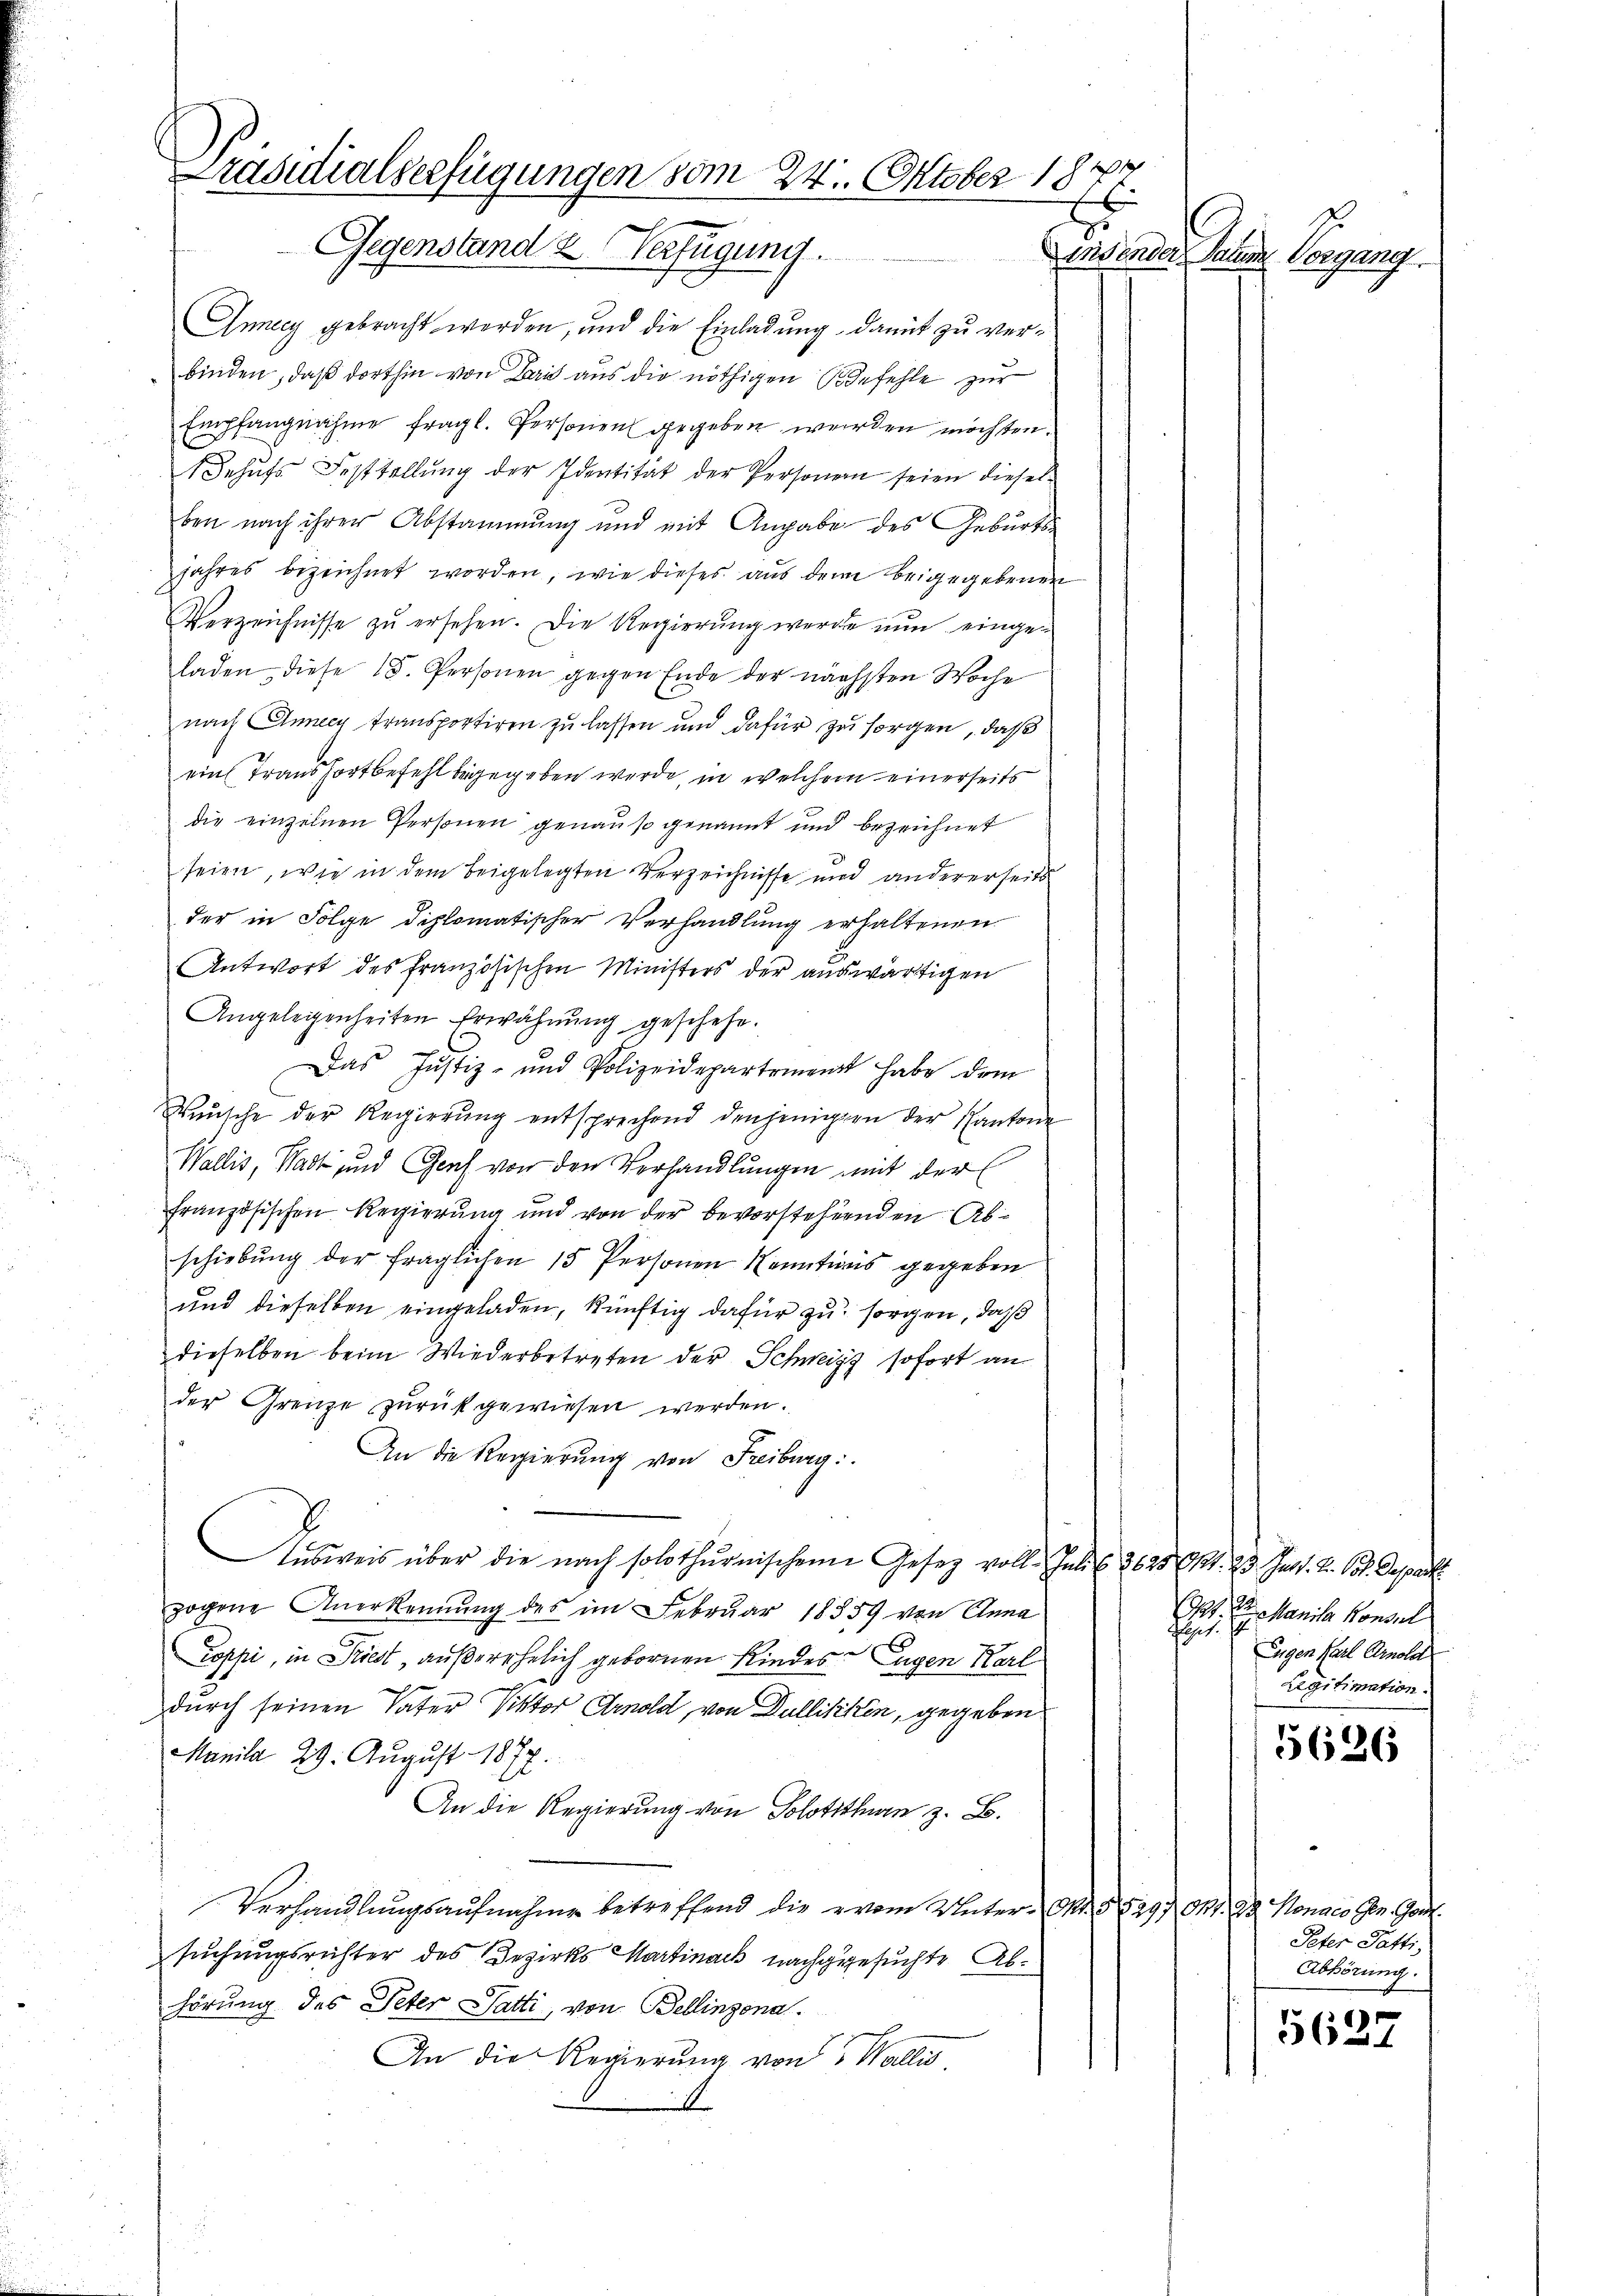
A
Präsidialserfügungen vom 24. Oktober 1871.
Gegenstand & Verfügung.

Anneey gebracht werden, und die Einladung damit zu verbinden, daß dorthin von Bis aus die nöthigen Befehle zur
Empfangnahme fragl. Personen gegeben werden möchten.
Behufs Feststellung der Identität der Personen seien dieselben nach ihrer Abstammung und mit Angabe des Geburts-
jahres bezeichnet worden, wie dieses aus dem beigegebenen
Verzeichnisse zŭ ersehen. Die Regierung werde nun eingeladen, diese 15. Personen gegen Ende der nächsten Woche
nach Annecy transportiren zu lassen und dafür zu sorgen, daß
ein Transfortbefehl begegeben werde, in welchem einerseits
die einzelnen Personen genauso genannt und bezeichnet
seien, wie in dem beigelegten Verzeichnisse und andererseits
der in Folge diplomatischer Verhandlung erhaltenen
Antwort des französischen Ministers der auswärtigen
Angelegenheiten Erwähnŭng geschehe.
g
Das Justiz- und Polizeidepartement habe dem
Wünsche der Regierŭng entsprechend denjenigen der Kantone
Wallis, Stadt und Genf von den Verhandlungen mit der
französischen Regierung und von der bevorstehenden Abschiebung der fraglichen 15 Personen Kenntnis gegeben
und dieselben eingeladen, künftig dafür zu sorgen, daß
dieselben beim Wiederbetreten der Schweiz sofort an
der Grenze zurückgewiesen werden.
An die Regierŭng von Freiburg:
Aŭsweis über die nach solothurnischen Gesetz voll. Juli l. 2625 (11. 23. Jass. Z. 63. Depart
zogene Anerkennung des im Februar 18859 von Anna
Toppi, in Priest, außerehelich gebornen Kindes Eugen Karl
durch seinen Vater Viktor Arnold, von Dullitiken, gegeben
Manila 29. August 1877.
An die Regierung von Solothurn z. B.
Verhandlungsaufnahme betreffend die vom Unter-Mo. § 529. Okt. 12 Monars Gen. Gon
suchungsrichter des Bezirks Martinack nachgegesuchte Abhörung des Peter Satti, von Bellinzona.
An die Regierung von 5 Wallis

endender Saum Vorgang.

1791. Sr. Manila Konsul
Phis.
Eugen Carl Arnold
Legitimation.

5626

Peter Gatti,
Abhörung.

562.